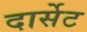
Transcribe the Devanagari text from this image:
दार्सेट